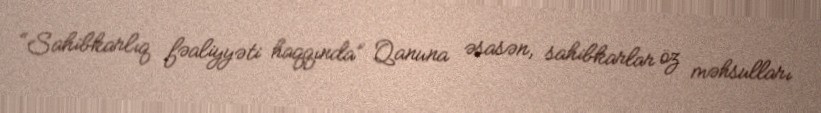
“Sahibkarlıq fəaliyyəti haqqında” Qanuna əsasən, sahibkarlar öz məhsulları